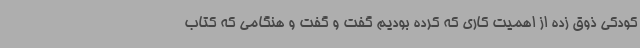
کودکی ذوق زده از اهمیت کاری که کرده بودیم گفت و گفت و هنگامی که کتاب